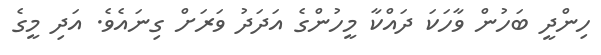
ހިންދީ ބަހުން ވާހަކަ ދައްކާ މީހުންގެ އަދަދު ވަރަށް ގިނައެވެ. އަދި މީގެ